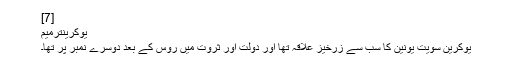
[7]
یوکرینترميم
یوکرین سویت یونین کا سب سے زرخیز علاقہ تھا اور دولت اور ثروت میں روس کے بعد دوسرے نمبر پر تھا۔